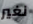
نغير